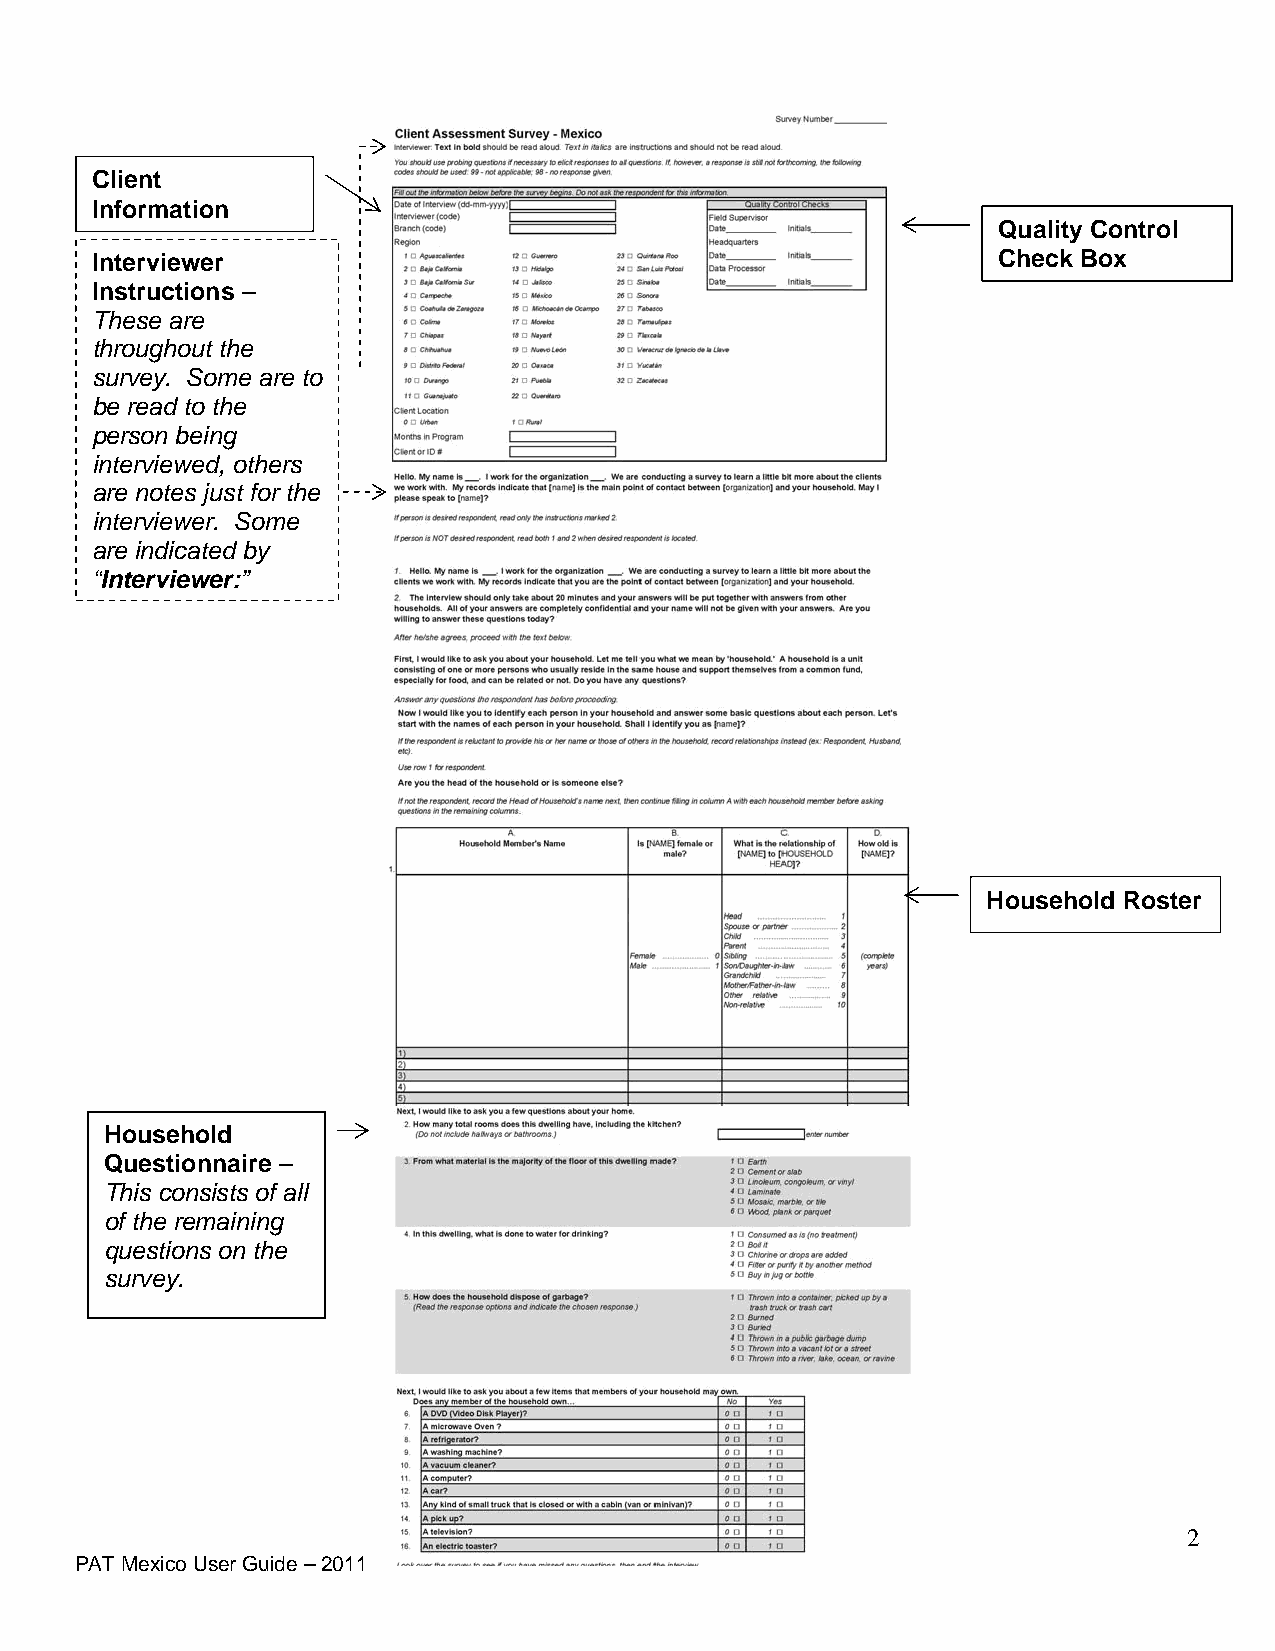
Client
 Information
 Quality Control
 Interviewer                                                 Check Box
 Instructions –
 These are
 throughout the
 survey. Some are to
 be read to the
 person being
 interviewed, others
 are notes just for the
 interviewer. Some
 are indicated by
 “Interviewer:”
 Household Roster
 Household
 Questionnaire –
 This consists of all
 of the remaining
 questions on the
 survey.
 2
 PAT Mexico User Guide – 2011